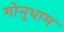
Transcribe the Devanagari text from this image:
गोनुधाम